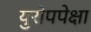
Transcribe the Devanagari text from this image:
युरोपपेक्षा